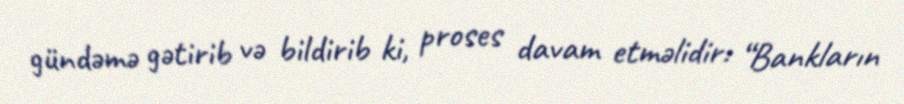
gündəmə gətirib və bildirib ki, proses davam etməlidir: “Bankların